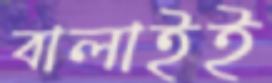
বালাইই